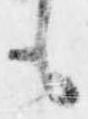
も